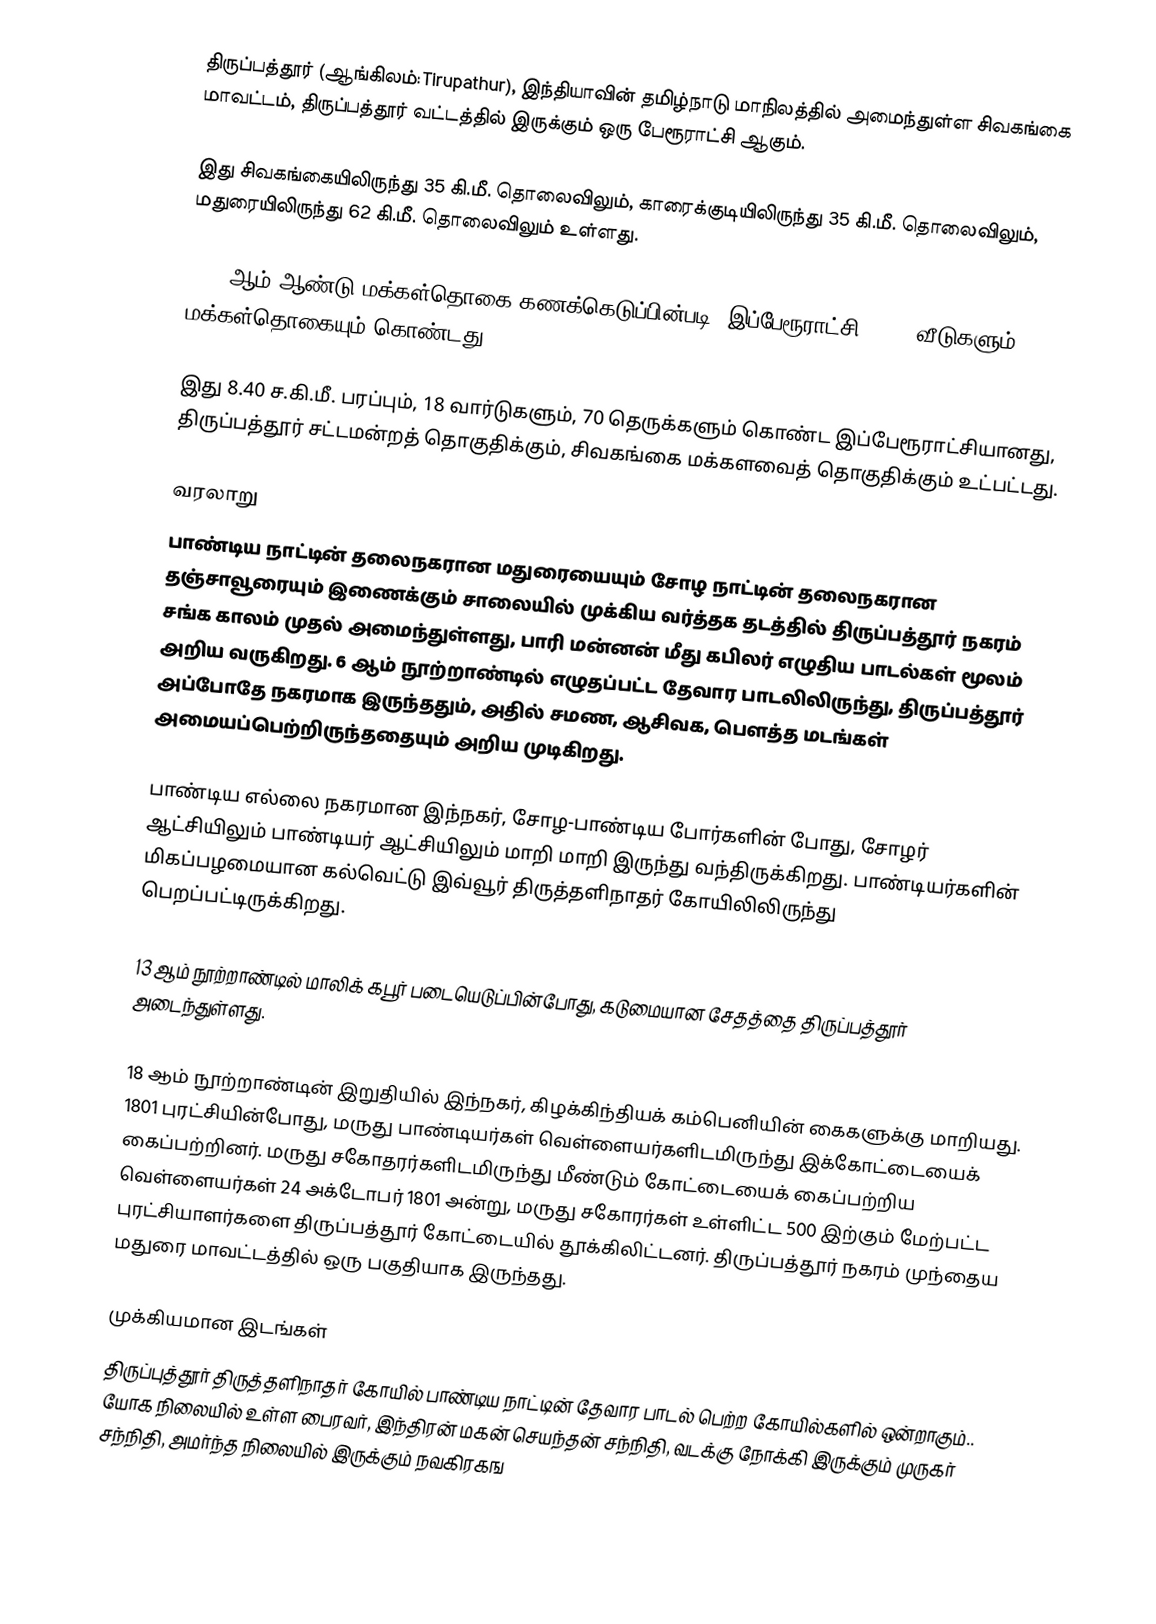
திருப்பத்தூர்  (ஆங்கிலம்:Tirupathur), இந்தியாவின் தமிழ்நாடு மாநிலத்தில் அமைந்துள்ள சிவகங்கை மாவட்டம், திருப்பத்தூர் வட்டத்தில் இருக்கும் ஒரு பேரூராட்சி ஆகும்.

இது சிவகங்கையிலிருந்து 35 கி.மீ. தொலைவிலும், காரைக்குடியிலிருந்து 35 கி.மீ. தொலைவிலும், மதுரையிலிருந்து 62 கி.மீ. தொலைவிலும் உள்ளது.

2011-ஆம் ஆண்டு மக்கள்தொகை கணக்கெடுப்பின்படி, இப்பேரூராட்சி 6,431 வீடுகளும், 25,980 மக்கள்தொகையும் கொண்டது.

இது 8.40 ச.கி.மீ. பரப்பும், 18 வார்டுகளும், 70 தெருக்களும் கொண்ட இப்பேரூராட்சியானது, திருப்பத்தூர் சட்டமன்றத் தொகுதிக்கும், சிவகங்கை மக்களவைத் தொகுதிக்கும் உட்பட்டது.

வரலாறு
பாண்டிய நாட்டின் தலைநகரான மதுரையையும் சோழ நாட்டின் தலைநகரான தஞ்சாவூரையும் இணைக்கும் சாலையில் முக்கிய வர்த்தக தடத்தில் திருப்பத்தூர் நகரம் சங்க காலம் முதல் அமைந்துள்ளது, பாரி மன்னன் மீது கபிலர் எழுதிய பாடல்கள் மூலம் அறிய வருகிறது. 6 ஆம் நூற்றாண்டில் எழுதப்பட்ட தேவார பாடலிலிருந்து, திருப்பத்தூர் அப்போதே நகரமாக இருந்ததும், அதில் சமண, ஆசிவக, பௌத்த மடங்கள் அமையப்பெற்றிருந்ததையும் அறிய முடிகிறது.

பாண்டிய எல்லை நகரமான இந்நகர், சோழ-பாண்டிய போர்களின் போது, சோழர் ஆட்சியிலும் பாண்டியர் ஆட்சியிலும் மாறி மாறி இருந்து வந்திருக்கிறது. பாண்டியர்களின் மிகப்பழமையான கல்வெட்டு இவ்வூர் திருத்தளிநாதர் கோயிலிலிருந்து பெறப்பட்டிருக்கிறது.

13 ஆம் நூற்றாண்டில் மாலிக் கபூர் படையெடுப்பின்போது, கடுமையான சேதத்தை திருப்பத்தூர் அடைந்துள்ளது.

18 ஆம் நூற்றாண்டின் இறுதியில் இந்நகர், கிழக்கிந்தியக் கம்பெனியின் கைகளுக்கு மாறியது. 1801 புரட்சியின்போது, மருது பாண்டியர்கள் வெள்ளையர்களிடமிருந்து இக்கோட்டையைக் கைப்பற்றினர். மருது சகோதரர்களிடமிருந்து மீண்டும் கோட்டையைக் கைப்பற்றிய வெள்ளையர்கள் 24 அக்டோபர் 1801 அன்று, மருது சகோரர்கள் உள்ளிட்ட 500 இற்கும் மேற்பட்ட புரட்சியாளர்களை திருப்பத்தூர் கோட்டையில் தூக்கிலிட்டனர். திருப்பத்தூர் நகரம் முந்தைய மதுரை மாவட்டத்தில் ஒரு பகுதியாக இருந்தது.

முக்கியமான இடங்கள்
 திருப்புத்தூர் திருத்தளிநாதர் கோயில் பாண்டிய நாட்டின் தேவார பாடல் பெற்ற கோயில்களில் ஒன்றாகும்.. யோக நிலையில் உள்ள பைரவர், இந்திரன் மகன் செயந்தன் சந்நிதி, வடக்கு நோக்கி இருக்கும் முருகர் சந்நிதி, அமர்ந்த நிலையில் இருக்கும் நவகிரகங